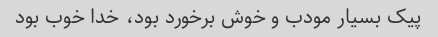
پیک بسیار مودب و خوش برخورد بود، خدا خوب بود